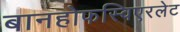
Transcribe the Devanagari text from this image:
बानहोफस्विएरलेट